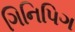
ગિનિપિગ